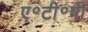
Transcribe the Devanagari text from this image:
ए॰टी॰पी